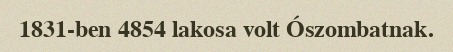
1831-ben 4854 lakosa volt Ószombatnak.